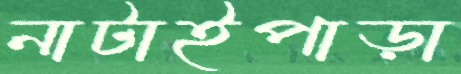
নাটাইপাড়া